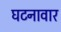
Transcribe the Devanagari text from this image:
घटनावार